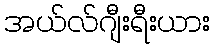
အယ်လ်ဂျီးရီးယား